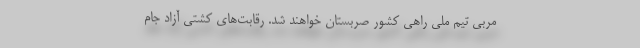
مربی تیم ملی راهی کشور صربستان خواهند شد. رقابت‌های کشتی آزاد جام